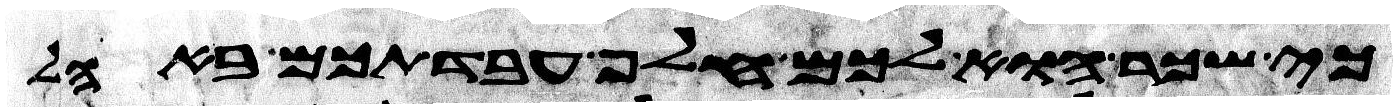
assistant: כי שכר הוא לכם חלף עבדתכם באהל